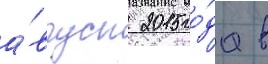
а́вгуст 2015 го́да в